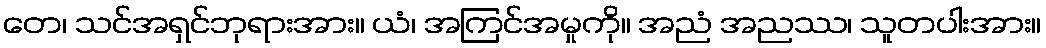
တေ၊ သင်အရှင်ဘုရားအား။ ယံ၊ အကြင်အမှုကို။ အညံ အညဿ၊ သူတပါးအား။